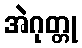
အဲဂုတ္တု